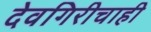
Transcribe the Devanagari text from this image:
देवगिरीचाही